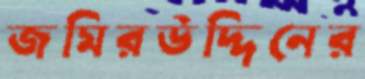
জমিরউদ্দিনের